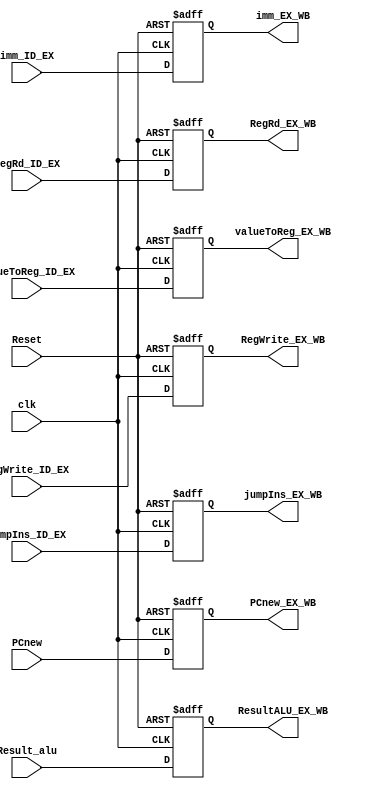
`timescale 1ns / 1ps
//////////////////////////////////////////////////////////////////////////////////
// Company: 
// Engineer: 
// 
// Design Name: 
// Module Name: EX_WB_reg
// Project Name: 
// Target Devices: 
// Tool Versions: 
// Description: 
// 
// Dependencies: 
// 
// Revision:
// Revision 0.01 - File Created
// Additional Comments:
// 
//////////////////////////////////////////////////////////////////////////////////


module EX_WB_reg(

    input [7:0] PCnew,
    input [7:0] Result_alu,
    input [7:0] imm_ID_EX,
    input [4:0] RegRd_ID_EX,
    input RegWrite_ID_EX,
    input jumpIns_ID_EX,
    input valueToReg_ID_EX,
    
    output reg [7:0] PCnew_EX_WB,
    output reg [7:0] ResultALU_EX_WB,
    output reg [7:0] imm_EX_WB,
    output reg [4:0] RegRd_EX_WB,
    output reg RegWrite_EX_WB,
    output reg jumpIns_EX_WB,
    output reg valueToReg_EX_WB,
    
    input clk,
    input Reset
    );
     
    always@(posedge clk, negedge Reset)
    begin
        if(Reset==0)
        begin
            PCnew_EX_WB <=0;
            ResultALU_EX_WB <=0;
            imm_EX_WB <=0;
            RegRd_EX_WB <=0;
            RegWrite_EX_WB <= 0;
            jumpIns_EX_WB <=0;
            valueToReg_EX_WB <=0;
        end
        
        else
        begin
            PCnew_EX_WB <= PCnew;
            ResultALU_EX_WB <= Result_alu;
            imm_EX_WB <= imm_ID_EX;
            RegRd_EX_WB <= RegRd_ID_EX;
            RegWrite_EX_WB <= RegWrite_ID_EX;
            jumpIns_EX_WB <= jumpIns_ID_EX;
            valueToReg_EX_WB <= valueToReg_ID_EX;
        end
    end
endmodule